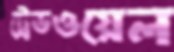
ট্রেডওয়েল